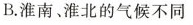
B.淮南、淮北的气候不同